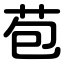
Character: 苞